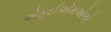
એફઈએમએએ